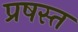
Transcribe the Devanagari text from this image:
प्रषस्त